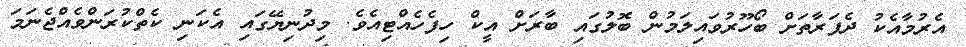
އެރުމާއެކު ދެފަރާތަށް ބޯހޫރުވައިލަމުން ބޮލުގައި ބާރަށް އީކް ހިފެހެއްޓިއެވެ. މިދުނިޔޭގައި އެކަނި ކެތްކުރަންވެއްޖެނަމަ